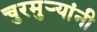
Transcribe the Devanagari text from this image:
चुरमुऱ्यांनी